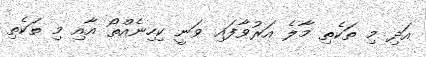
އަދި މި ތަކެތި މާލެ އަރުވާފައި ވަނީ ކިހިނެއްތޯ އާއި މި ތަކެތި